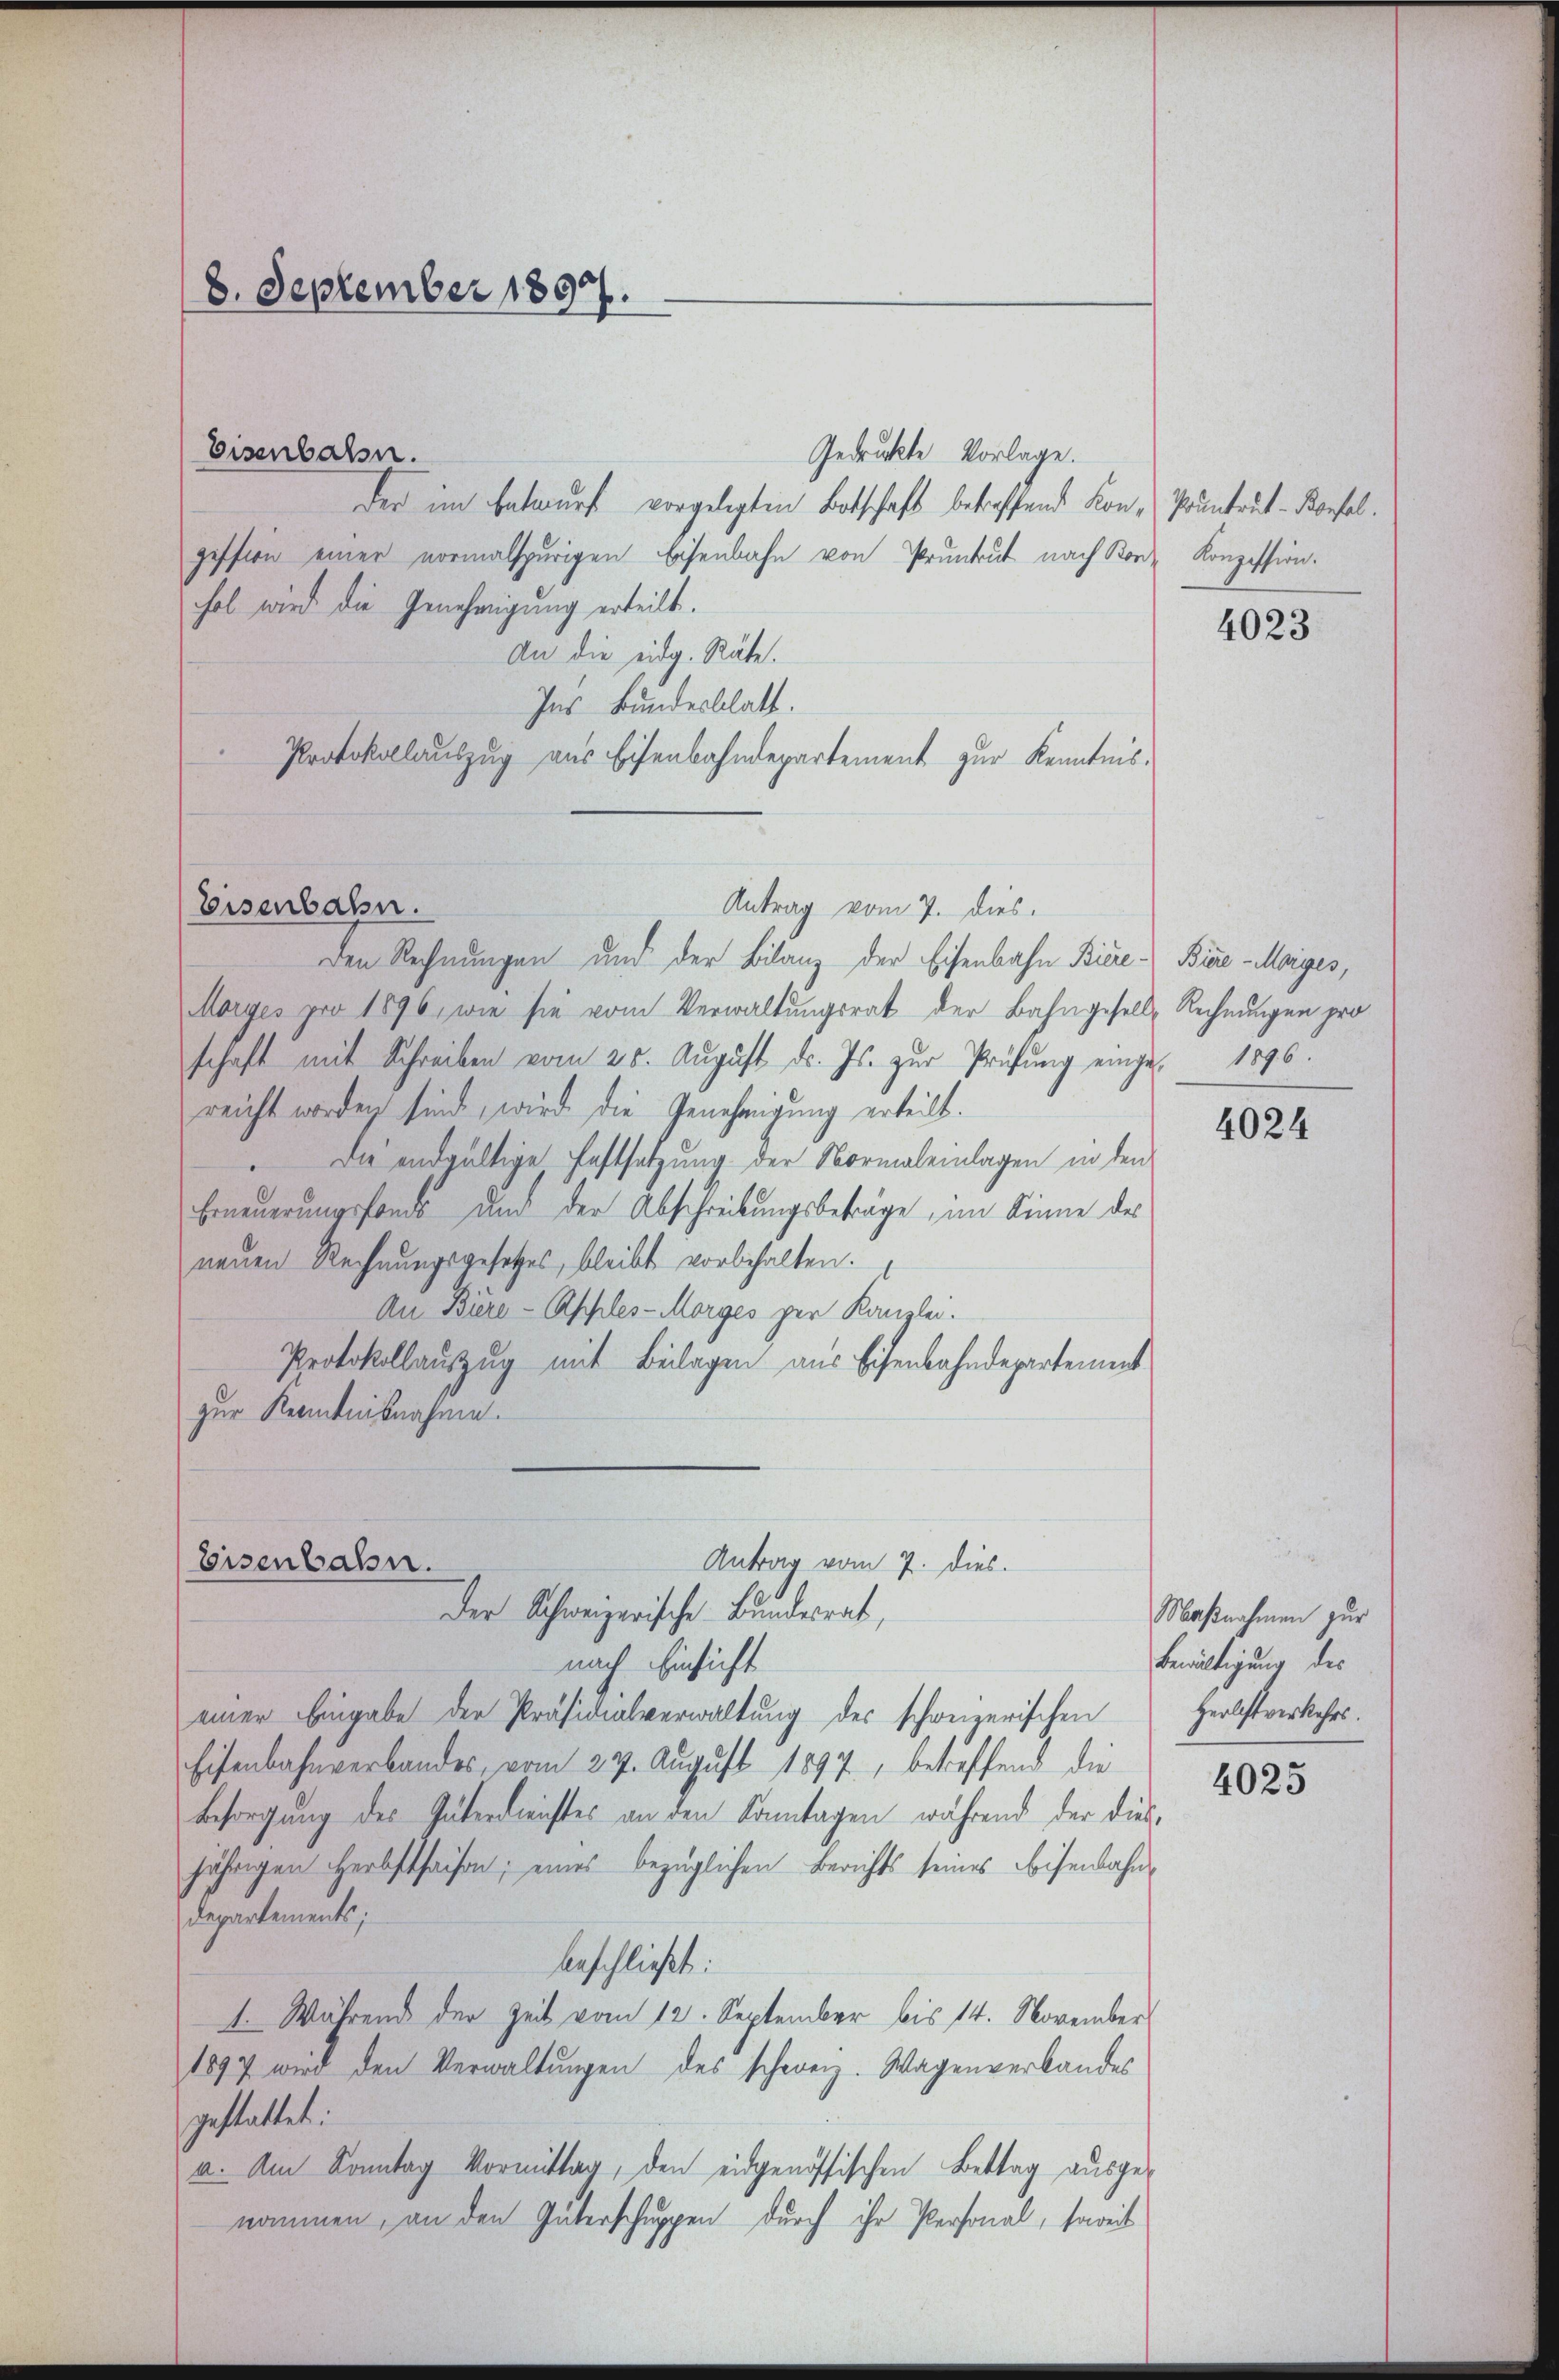
8. September 1897.

Gedruckte Vorlage.
der im Entwŭrf vorgelegten Botschaft betreffend Kon- Pruntrut-Konfel.
pession einer vormalspurigen Eisenbahn von Pruntrut nach Kor- Konzession.
hal wird die Genehmigung erteilt.
An die eidg. Räte.
Ins Bundesblatt.
Protokollauszug aus Eisenbahndepartement zur Kenntnis¬
Antrag vom 7. dies.
den Rechnungen und der Bilanz der Eisenbahn Biere Bie-Morges,
Morges pro 1896, wie sie vom Verwaltungsrat der Bahngesell-Rechnungen pro
schaft mit Schreiben vom 25. Aŭgust d. Js. zŭr Prüfŭng einge 1896.
reicht worden sind, wird die Genehmigung erteilt.
Die endgültige Fastsetzung der Normaleinlagen in den
Erneuerungsfonde und der Abschreibungsbeträge, im Sinne des
neuen Rechnungsgesetzes, bleibt vorbehalten.
An Büre-Apples-Morges per Kanzlei.
Protokollauszug mit Beilagen aus Eisenbahndepartement
zur Kenntnisnahme.
Antrag vom 7. dies.
Eisenbahn.
Der Schweizerische Bundesrat,
nach Einsicht
einer Eingabe der Präsidialverwaltung des schweizerischen
Eisenbahnverbandes, vom 27. August 1897, betreffend die
Besorgung des Güterdienstes an den Sonntagen, während der diesjährigen Herbsthaisen; eines bezüglichen Berichts seines Beisenbahn,
Departements;
verschließt:
. Während der Zeit vom 12. September bis 14. November
1897 wird den Verwaltŭngen des schweiz. Wagenverbandes
gestattet.
a. Am Sonntag Vormittag, den eidgenössischen Bettag ausgenommen, an den Güterschuppen durch ihr Personal, soweit

Eisenbahn.

Eisenbahn.

4023

4024

Maßnahmen zur
Bewältigung des
Herbstverkehrs.

4025